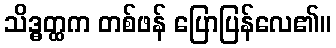
သိဒ္ဓတ္ထက တစ်ဖန် ပြောပြန်လေ၏။